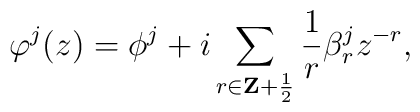
\varphi^j(z)=\phi^j+i\sum_{r\in{\bf Z}+{1\over2}}{1\over r}	\beta^j_r z^{-r} ,